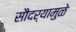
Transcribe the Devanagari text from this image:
सौदर्यामुळे